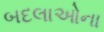
બદલાઓના